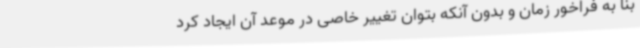
بنا به فراخور زمان و بدون آنکه بتوان تغییر خاصی در موعد آن ایجاد کرد